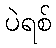
ပဲရစ်